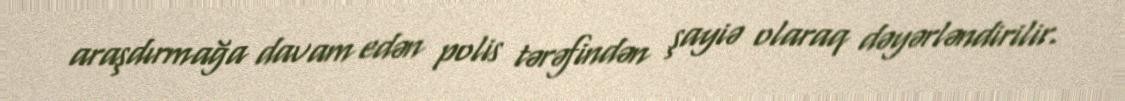
araşdırmağa davam edən polis tərəfindən şayiə olaraq dəyərləndirilir.